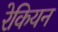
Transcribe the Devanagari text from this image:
रेकियन